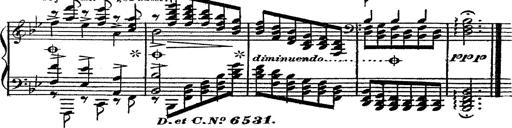
Title: 12 Lieder von Franz Schubert
Composer: Franz Liszt